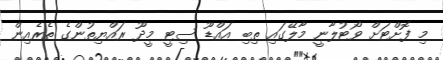
މި ފޮށްޓަށް ވޯޓުލާނީ މާލޭގައި ތިބި އައްޑޫ ސިޓީ މީދޫ ރައްޔިތުންގެ ތެރެއިން